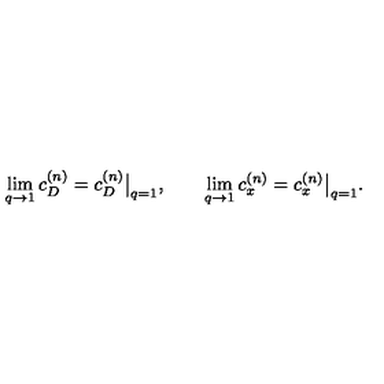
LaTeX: \lim _ { q \to 1 } c _ { D } ^ { ( n ) } = c _ { D } ^ { ( n ) } \big | _ { q = 1 } , \qquad \lim _ { q \to 1 } c _ { x } ^ { ( n ) } = c _ { x } ^ { ( n ) } \big | _ { q = 1 } .